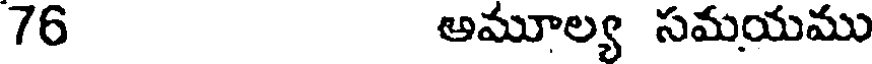
76 అమూల్య సమయము